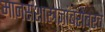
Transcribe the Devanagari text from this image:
मानसशास्त्रज्ञांबरोबरच